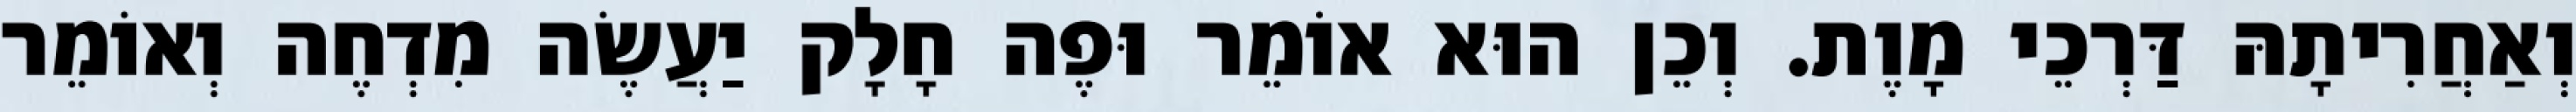
וְאַחֲרִיתָהּ דַּרְכֵי מָוֶת. וְכֵן הוּא אוֹמֵר וּפֶה חָלָק יַעֲשֶׂה מִדְחֶה וְאוֹמֵר